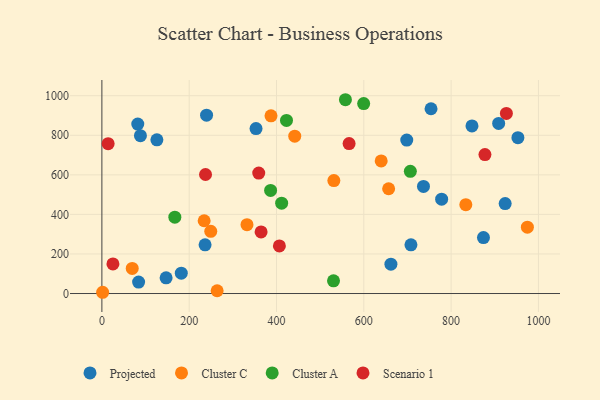
{"axis": {"x": "Price", "y": "Exam Score"}, "legend": ["Cluster A", "Cluster C", "Projected", "Scenario 1"], "data": [{"x": "708.0", "y": 246.1, "type": "Projected"}, {"x": "181.9", "y": 103.0, "type": "Projected"}, {"x": "236.4", "y": 246.0, "type": "Projected"}, {"x": "874.1", "y": 282.8, "type": "Projected"}, {"x": "908.9", "y": 860.2, "type": "Projected"}, {"x": "147.1", "y": 79.4, "type": "Projected"}, {"x": "662.1", "y": 148.5, "type": "Projected"}, {"x": "736.7", "y": 541.4, "type": "Projected"}, {"x": "698.4", "y": 775.7, "type": "Projected"}, {"x": "82.2", "y": 856.6, "type": "Projected"}, {"x": "84.1", "y": 58.0, "type": "Projected"}, {"x": "353.1", "y": 833.9, "type": "Projected"}, {"x": "953.0", "y": 788.0, "type": "Projected"}, {"x": "923.8", "y": 454.8, "type": "Projected"}, {"x": "847.8", "y": 847.4, "type": "Projected"}, {"x": "239.8", "y": 901.9, "type": "Projected"}, {"x": "88.3", "y": 798.0, "type": "Projected"}, {"x": "126.0", "y": 777.1, "type": "Projected"}, {"x": "754.0", "y": 934.1, "type": "Projected"}, {"x": "778.3", "y": 476.9, "type": "Projected"}, {"x": "264.0", "y": 13.9, "type": "Cluster C"}, {"x": "833.7", "y": 449.4, "type": "Cluster C"}, {"x": "249.4", "y": 314.3, "type": "Cluster C"}, {"x": "69.5", "y": 127.1, "type": "Cluster C"}, {"x": "974.7", "y": 335.3, "type": "Cluster C"}, {"x": "531.4", "y": 571.2, "type": "Cluster C"}, {"x": "639.8", "y": 670.4, "type": "Cluster C"}, {"x": "387.4", "y": 898.3, "type": "Cluster C"}, {"x": "441.8", "y": 795.4, "type": "Cluster C"}, {"x": "656.9", "y": 529.7, "type": "Cluster C"}, {"x": "1.7", "y": 6.3, "type": "Cluster C"}, {"x": "332.4", "y": 348.3, "type": "Cluster C"}, {"x": "234.3", "y": 367.9, "type": "Cluster C"}, {"x": "167.1", "y": 385.8, "type": "Cluster A"}, {"x": "422.9", "y": 874.9, "type": "Cluster A"}, {"x": "530.6", "y": 64.3, "type": "Cluster A"}, {"x": "557.9", "y": 979.8, "type": "Cluster A"}, {"x": "386.5", "y": 521.4, "type": "Cluster A"}, {"x": "411.8", "y": 456.6, "type": "Cluster A"}, {"x": "599.7", "y": 960.2, "type": "Cluster A"}, {"x": "706.6", "y": 617.6, "type": "Cluster A"}, {"x": "25.3", "y": 149.5, "type": "Scenario 1"}, {"x": "359.3", "y": 609.1, "type": "Scenario 1"}, {"x": "926.6", "y": 910.5, "type": "Scenario 1"}, {"x": "566.3", "y": 758.1, "type": "Scenario 1"}, {"x": "406.6", "y": 240.8, "type": "Scenario 1"}, {"x": "237.4", "y": 601.7, "type": "Scenario 1"}, {"x": "14.3", "y": 757.4, "type": "Scenario 1"}, {"x": "364.7", "y": 311.6, "type": "Scenario 1"}, {"x": "877.5", "y": 702.6, "type": "Scenario 1"}]}